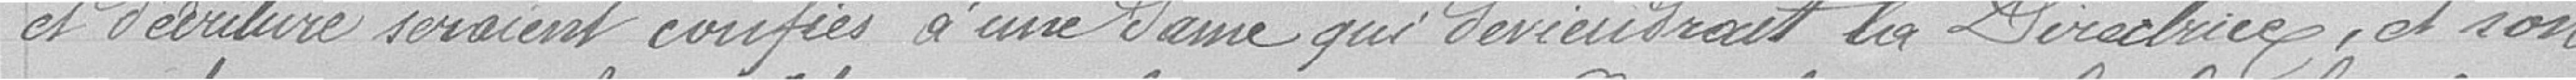
et d'écriture seraient confiées à une dame qui deviendrait la Directrice, et son